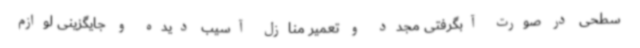
سطحی در صورت آبگرفتی مجدد و تعمیر منازل آسیب دیده و جایگزینی لوازم